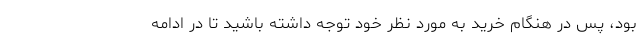
بود، پس در هنگام خرید به مورد نظر خود توجه داشته باشید تا در ادامه